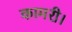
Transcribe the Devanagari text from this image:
कामरी।